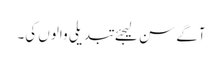
آگے سن لیجئے تبدیلی والوں کی۔